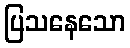
ပြသနေသော